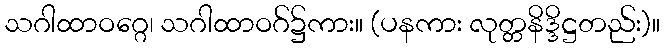
သဂါထာဝဂ္ဂေ၊ သဂါထာဝဂ်၌ကား။ (ပနကား လုတ္တနိဒ္ဒိဋ္ဌတည်း)။